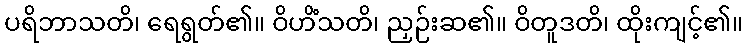
ပရိဘာသတိ၊ ရေရွတ်၏။ ဝိဟိံသတိ၊ ညှဉ်းဆ၏။ ဝိတူဒတိ၊ ထိုးကျင့်၏။